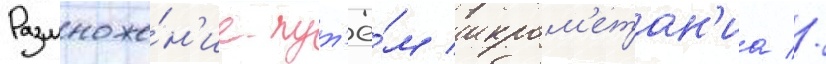
Размноже́н'ие пут'ё́м икром'етан'иа //